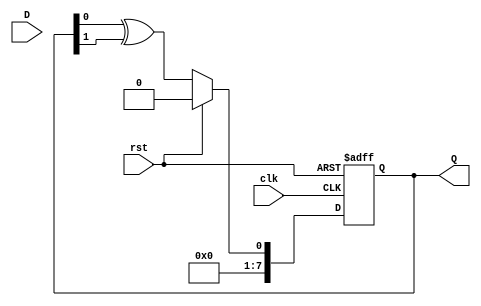
module FeedbackRegister #(
    parameter WIDTH = 8 // Width of the register
)(
    input wire clk,               // Clock input
    input wire rst,               // Asynchronous reset
    input wire [WIDTH-1:0] D,     // Data input
    output reg [WIDTH-1:0] Q      // Current state output
);

// Internal state variable
reg [WIDTH-1:0] next_state;

// Feedback logic (customizable based on requirements)
wire [WIDTH-1:0] feedback;

// Example feedback mechanism: XORing two bits of Q
assign feedback = Q[0] ^ Q[1]; // Simple feedback example, modify as needed

// State update logic
always @* begin
    if (rst) begin
        next_state = {WIDTH{1'b0}}; // Reset state to 0
    end else begin
        // Define next state based on feedback or data input
        next_state = {D[WIDTH-1:1], feedback}; // Shift in the feedback
    end
end

// Sequential logic for state updates
always @(posedge clk or posedge rst) begin
    if (rst) begin
        Q <= {WIDTH{1'b0}}; // Reset state to 0 on reset signal
    end else begin
        Q <= next_state;    // Update state on clock edge
    end
end

endmodule